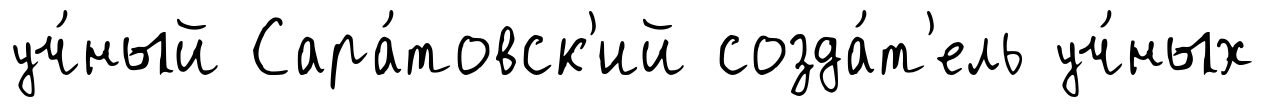
уч́ный Сара́товск'ий созда́т'ель уч́ных